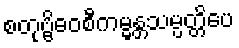
စတုဗ္ဗိဓဝစီကမ္မန္တသမ္ပတ္တိပေ